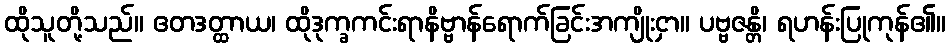
ထိုသူတို့သည်။ ဧတဒတ္ထာယ၊ ထိုဒုက္ခကင်းရာနိဗ္ဗာန်ရောက်ခြင်းအကျိုးငှာ။ ပဗ္ဗဇန္တိ၊ ရဟန်းပြုကုန်၏။